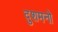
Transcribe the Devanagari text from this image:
दुशमनो